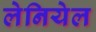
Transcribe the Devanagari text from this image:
लेनियेल